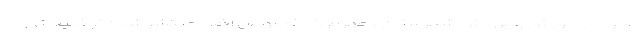
عمومی آموزش و پرورش شهرستان رامهرمز در خصوص اخبار منتشر شده توضیحاتی